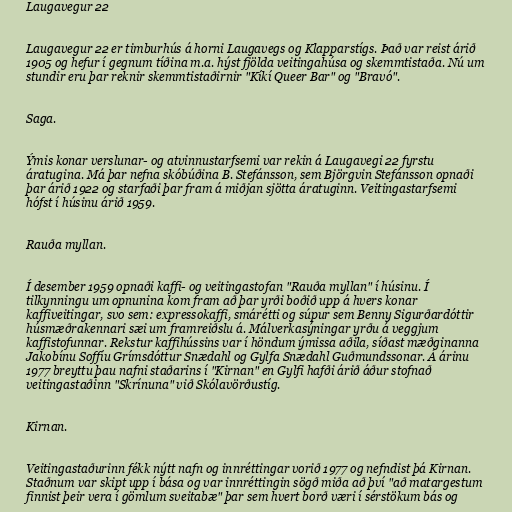
Laugavegur 22

Laugavegur 22 er timburhús á horni Laugavegs og Klapparstígs. Það var reist árið
1905 og hefur í gegnum tíðina m.a. hýst fjölda veitingahúsa og skemmtistaða. Nú um
stundir eru þar reknir skemmtistaðirnir "Kíkí Queer Bar" og "Bravó".

Saga.

Ýmis konar verslunar- og atvinnustarfsemi var rekin á Laugavegi 22 fyrstu
áratugina. Má þar nefna skóbúðina B. Stefánsson, sem Björgvin Stefánsson opnaði
þar árið 1922 og starfaði þar fram á miðjan sjötta áratuginn. Veitingastarfsemi
hófst í húsinu árið 1959.

Rauða myllan.

Í desember 1959 opnaði kaffi- og veitingastofan "Rauða myllan" í húsinu. Í
tilkynningu um opnunina kom fram að þar yrði boðið upp á hvers konar
kaffiveitingar, svo sem: expressokaffi, smárétti og súpur sem Benny Sigurðardóttir
húsmæðrakennari sæi um framreiðslu á. Málverkasýningar yrðu á veggjum
kaffistofunnar. Rekstur kaffihússins var í höndum ýmissa aðila, síðast mæðginanna
Jakobínu Soffíu Grímsdóttur Snædahl og Gylfa Snædahl Guðmundssonar. Á árinu
1977 breyttu þau nafni staðarins í "Kirnan" en Gylfi hafði árið áður stofnað
veitingastaðinn "Skrínuna" við Skólavörðustíg.

Kirnan.

Veitingastaðurinn fékk nýtt nafn og innréttingar vorið 1977 og nefndist þá Kirnan.
Staðnum var skipt upp í bása og var innréttingin sögð miða að því "að matargestum
finnist þeir vera í gömlum sveitabæ" þar sem hvert borð væri í sérstökum bás og